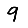
Digit: 9